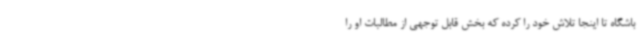
باشگاه تا اینجا تلاش خود را کرده که بخش قابل توجهی از مطالبات او را